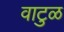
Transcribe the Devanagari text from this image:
वाटुळ